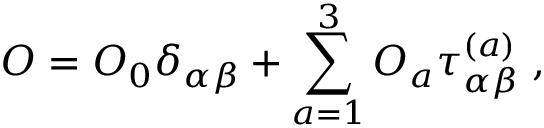
O = O _ { 0 } \delta _ { \alpha \beta } + \sum _ { a = 1 } ^ { 3 } O _ { a } \tau _ { \alpha \beta } ^ { ( a ) } \; ,